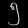
Digit: ၅